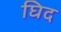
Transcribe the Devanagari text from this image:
घिद